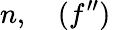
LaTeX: n,\quad(f^{\prime\prime})\,